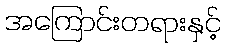
အကြောင်းတရားနှင့်